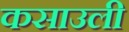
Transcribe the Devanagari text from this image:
कसाउली